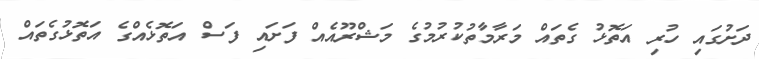
ދަށުގައި ހުރި އަތޮޅު ގެތައް މަރާމާތުކުރުމުގެ މަޝްރޫއެއް ފަށައި ފަސް އަތޮޅެއްގެ އަތޮޅުގެތައް